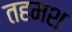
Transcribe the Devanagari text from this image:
तहमश